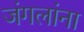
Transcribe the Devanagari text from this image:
जंगलांना